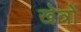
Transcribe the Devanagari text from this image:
खेत्रों